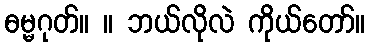
ဓမ္မဂုတ်။ ။ ဘယ်လိုလဲ ကိုယ်တော်။